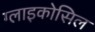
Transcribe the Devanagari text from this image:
ग्लाइकोसिल